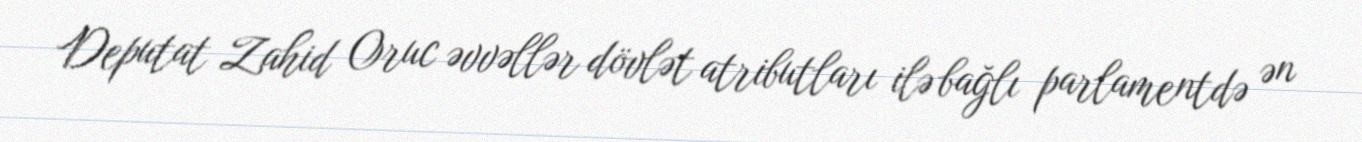
Deputat Zahid Oruc əvvəllər dövlət atributları ilə bağlı parlamentdə ən